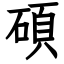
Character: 碩